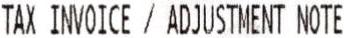
TAX INVOICE / ADJUSTMENT NOTE